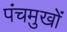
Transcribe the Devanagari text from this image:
पंचमुखों